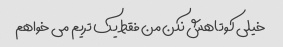
خیلی کوتاهش نکن من فقط یک تریم می خواهم